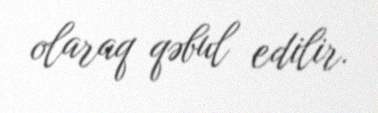
olaraq qəbul edilir.